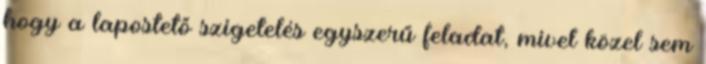
hogy a lapostető szigetelés egyszerű feladat, mivel közel sem